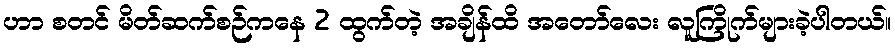
ဟာ စတင် မိတ်ဆက်စဉ်ကနေ 2 ထွက်တဲ့ အချိန်ထိ အတော်လေး လူကြိုက်များခဲ့ပါတယ်။